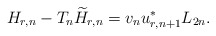
\begin{align*} H_{r,n} - T_n\widetilde H_{r,n} = v_n u_{r, n+1}^* L_{2n}.\end{align*}